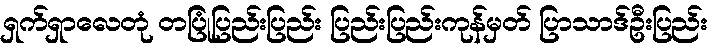
ရှက်ရှာလေတုံ တပြုံပြည်းပြည်း ပြည်းပြည်းကုန်မှတ် ပြာသာဒ်ဦးပြည်း